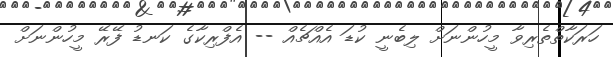
ހަރަކާތްތެރިވާ މީހުންނަށް ލިބެނީ ކުޑަ އެއްޗެއް -- އެފްރިކާގެ ކަނޑު ފޭރޭ މީހުންނަށް